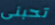
تحبنى